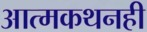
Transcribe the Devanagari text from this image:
आत्मकथनही